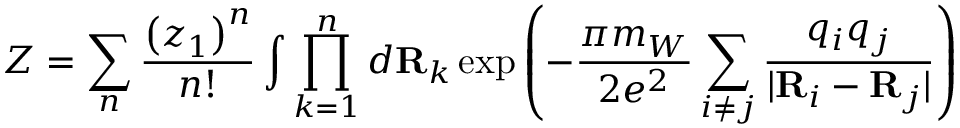
Z = \sum _ { n } { \frac { \left( z _ { 1 } \right) ^ { n } } { n ! } } \int \prod _ { k = 1 } ^ { n } d { \bf R } _ { k } \exp \left( - { \frac { \pi m _ { W } } { 2 e ^ { 2 } } } \sum _ { i \not = j } { \frac { q _ { i } q _ { j } } { \vert { \bf R } _ { i } - { \bf R } _ { j } \vert } } \right)